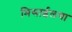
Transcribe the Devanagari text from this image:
मिसाईलचा